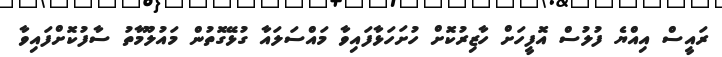
ރައީސް އިއްޔެ ފުލުސް އޮފީހަށް ހާޒިރުކޮށް ހުށަހަޅާފައިވާ މައްސަލައާ ގުޅޭގޮތުން މައުލޫމާތު ސާފުކޮށްފައިވާ